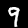
Label: 9